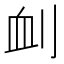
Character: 𠜄